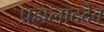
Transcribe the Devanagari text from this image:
प्रह्मलाददेव